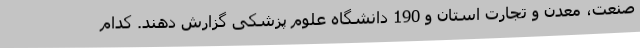
صنعت، معدن و تجارت استان و 190 دانشگاه علوم پزشکی گزارش دهند. کدام